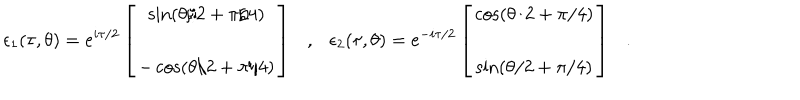
\epsilon _ { 1 } ( \tau , \theta ) = e ^ { i \tau / 2 } \left[ \begin{array} { c } { { \sin ( \theta / 2 + \pi / 4 ) } } \\ { { - \cos ( \theta / 2 + \pi / 4 ) } } \\ \end{array} \right] , \epsilon _ { 2 } ( \tau , \theta ) = e ^ { - i \tau / 2 } \left[ \begin{array} { c } { { \cos ( \theta / 2 + \pi / 4 ) } } \\ { { \sin ( \theta / 2 + \pi / 4 ) } } \\ \end{array} \right] .